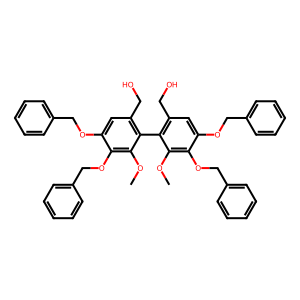
SMILES: COc1c(OCc2ccccc2)c(OCc2ccccc2)cc(CO)c1-c1c(CO)cc(OCc2ccccc2)c(OCc2ccccc2)c1OC
Inhibits HIV replication: No